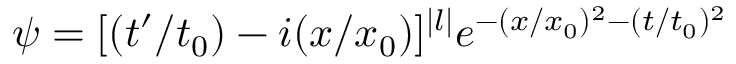
\psi = [ ( t ^ { \prime } / t _ { 0 } ) - i ( x / x _ { 0 } ) ] ^ { | l | } e ^ { - ( x / x _ { 0 } ) ^ { 2 } - ( t / t _ { 0 } ) ^ { 2 } }